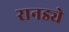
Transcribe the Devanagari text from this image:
रानड्ये